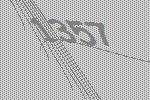
1357